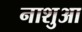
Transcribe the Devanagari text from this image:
नाशुआ